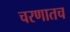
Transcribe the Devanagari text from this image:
चरणातच